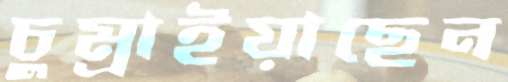
চুম্‌রাইয়াছেন